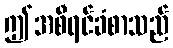
ဤအစီရင်ခံစာသည်